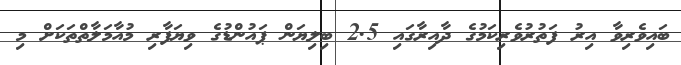
ބައިވެރިވާ އިރު ފަތުރުވެރިކަމުގެ ދާއިރާގައި 2.5 ބިލިޔަން ޕައުންޑުގެ ވިޔަފާރި މުއާމަލާތްތަކަށް މި